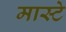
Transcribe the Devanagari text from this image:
मास्टे